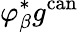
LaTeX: \varphi_{\beta}^{*}g^{\mathrm{can}}